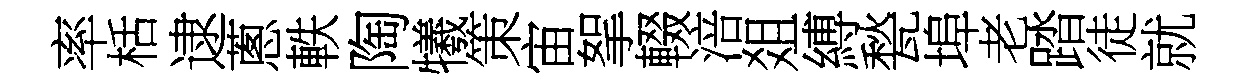
率栝逮蔥軼陶犧策宙挐輟涪爼縛甃埠老踏徒就